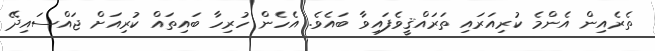
ތެރެއިން އެންމެ ކުރިއަރައި ތަރައްޤީވެފައިވާ ބައެވެ. އެހެން ހުރިހާ ބައިތައް ކުރިއަށް ޖައްސައިދޭ